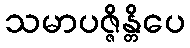
သမာပဇ္ဇိန္တိပေ